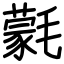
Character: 氋